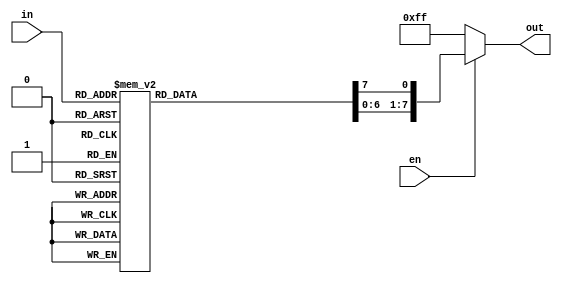
module decoder3to8 (
  	input en,
    input [2:0] in,
    output reg [7:0] out
);

always @(*) begin
    if (en) begin
        out = 8'b0;

        case (in)
              3'b000: out[0]=1'b1;
              3'b001: out[1]=1'b1;
              3'b010: out[2]=1'b1;
              3'b011: out[3]=1'b1;
              3'b100: out[4]=1'b1;
              3'b101: out[5]=1'b1;
              3'b110: out[6]=1'b1;
              3'b111: out[7]=1'b1;
              default: out=8'd0;
          endcase
    end
    else begin
        out = 8'b11111111;
    end
end
    
endmodule